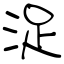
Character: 浞